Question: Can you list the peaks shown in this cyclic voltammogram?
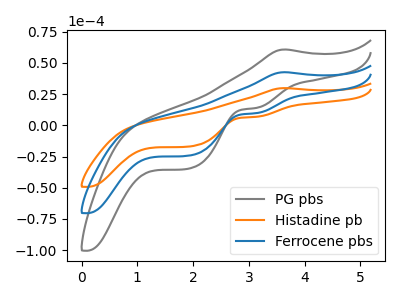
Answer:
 <answer>The gray curve "PG pbs" has an anodic peak at (3.65V, 85.10uA) and cathodic peaks at (3.10V, 19.40uA) (1.90V, -48.75uA). The orange curve "Histadine pb" has an anodic peak at (3.65V, 29.80uA) and cathodic peaks at (3.10V, 6.80uA) (1.90V, -17.05uA). The blue curve "Ferrocene pbs" has an anodic peak at (3.65V, 42.55uA) and cathodic peaks at (3.10V, 9.70uA) (1.90V, -24.35uA).</answer>
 <eval></eval>